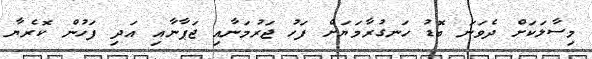
މިސާލަކަށް ދެވަނަ ބޮޑު ހަނގުރާމަޔަށް ފަހު ޖަރުމަނާއި ޖަޕާނާއި އަދި ފަހުން ކޮރެޔާ